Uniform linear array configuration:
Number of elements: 48
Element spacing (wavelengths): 0.25
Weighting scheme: hamming
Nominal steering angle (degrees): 0
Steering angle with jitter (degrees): -1.113
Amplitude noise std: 0.05
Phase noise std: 0.05

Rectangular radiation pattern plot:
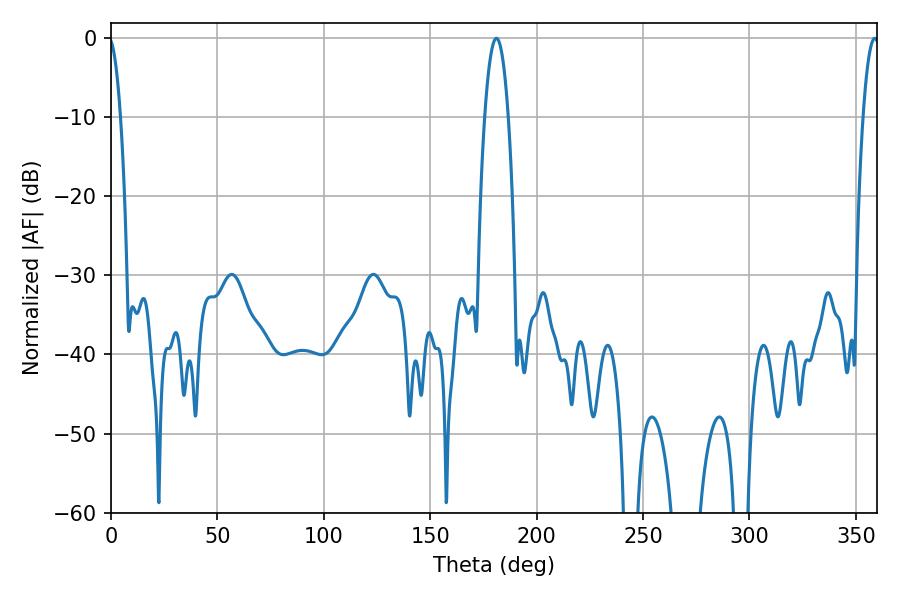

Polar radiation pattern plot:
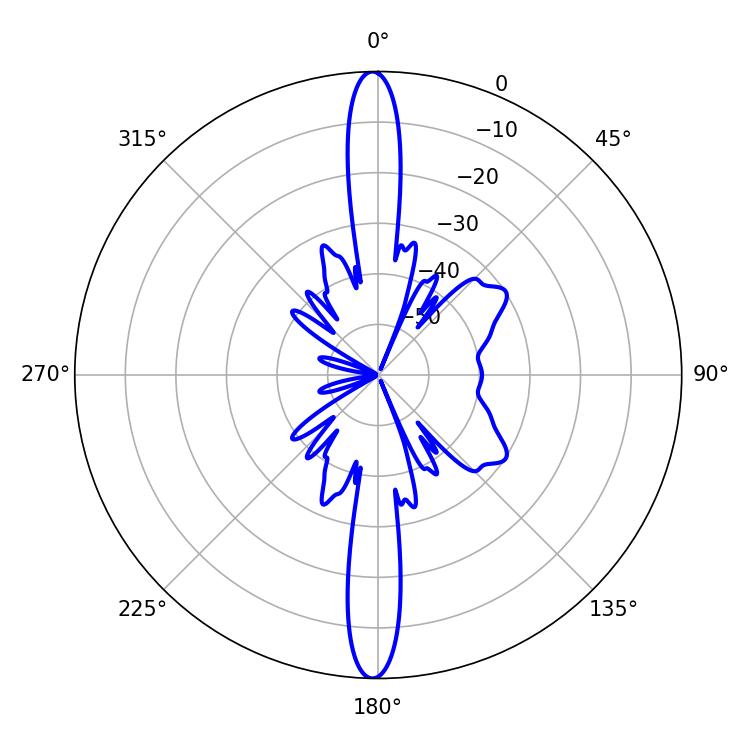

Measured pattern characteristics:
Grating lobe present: FALSE
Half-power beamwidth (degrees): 6.12
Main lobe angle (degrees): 181.08